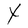
Character: t